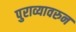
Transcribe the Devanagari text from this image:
पुराव्यावरुन